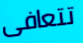
تتعافى